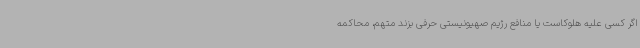
اگر کسی علیه هلوکاست یا منافع رژیم صهیونیستی حرفی بزند متهم، محاکمه